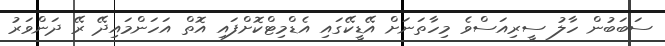
ސަބަބުން ހާލު ސީރިއަސްވެ މިހާތަނަށް އޭޑީކޭގައި އެޑްމިޓްކޮށްފައި އޮތް އަހަންމައިދޭ ރޭ ދަންވަރު